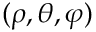
( \rho , \theta , \varphi )